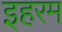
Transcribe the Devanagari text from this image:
इहरम